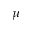
\mu